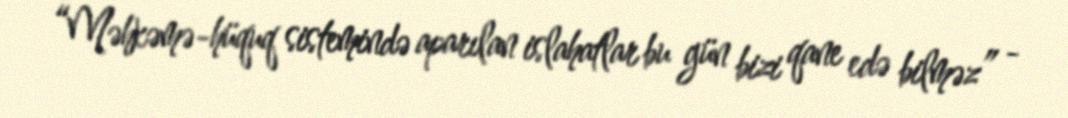
“Məhkəmə-hüquq sistemində aparılan islahatlar bu gün bizi qane edə bilməz” -